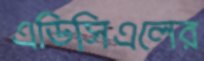
এডিসিএলের